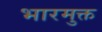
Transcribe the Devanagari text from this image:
भारमुक्त